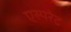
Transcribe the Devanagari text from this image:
एस्परेट